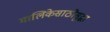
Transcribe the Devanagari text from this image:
मालिकेसाठीसुद्धा